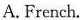
A. French.